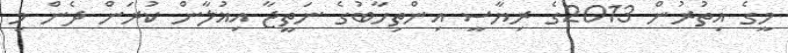
މީގެ އިތުރުން 2013ގެ ރިޔާސީ އިންތިޚާބުގެ ނަތީޖާ އިޣުލާން ކުރަން ދެން މި